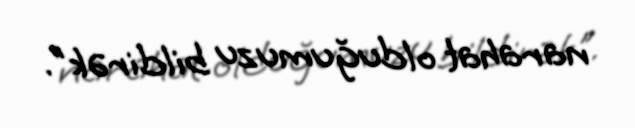
narahat olduğumuzu bildirək".